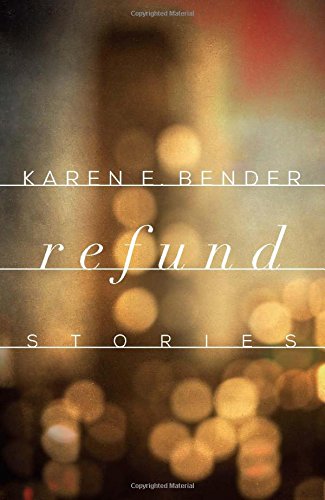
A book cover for Refund: Stories; Karen E. Bender; Literature & Fiction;